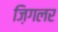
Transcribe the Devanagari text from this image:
ज़िगलर